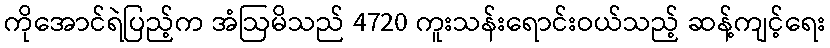
ကိုအောင်ရဲပြည့်က အံဩမိသည် 4720 ကူးသန်းရောင်းဝယ်သည့် ဆန့်ကျင့်ရေး